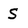
Character: S